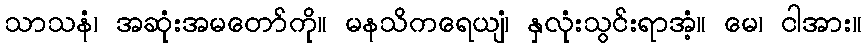
သာသနံ၊ အဆုံးအမတော်ကို။ မနသိကရေယျံ၊ နှလုံးသွင်းရာအံ့။ မေ၊ ငါအား။